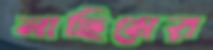
নাছিমের